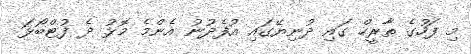
މި ފަހުގެ ތާރީހް ގައި ދުނިޔޭގައި އުފެދުނު އެންމެ މޮޅު ދެ ފުޓްބޯޅަ